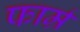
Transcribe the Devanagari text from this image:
फार्म्र